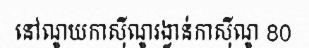
នៅណូយកាស៊ីណូរង្វាន់កាស៊ីណូ 80